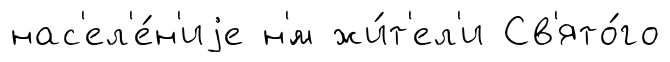
нас'ел'е́н'иjе н'́м жи́т'ел'и Св'ято́го